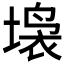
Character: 𱗥